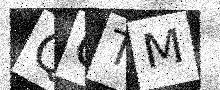
Text: QQTM